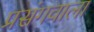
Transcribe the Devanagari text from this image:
प्रसंगवाला